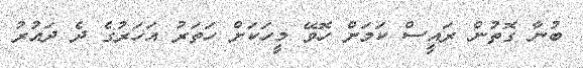
ބުނާ ގޮތުން ރައީސް ކަމަށް ހޮވޭ މީހަކަށް ހަތަރު އަހަރުގެ ދެ ދައުރު